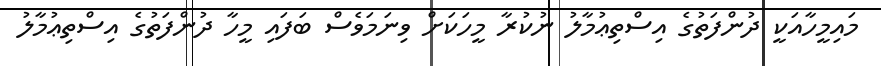
މައިމީހާއަކީ ދުންފަތުގެ އިސްތިޢުމާލު ނުކުރާ މީހަކަށް ވިނަމަވެސް ބަފައި މީހާ ދުންފަތުގެ އިސްތިޢުމާލު